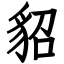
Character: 貂